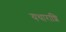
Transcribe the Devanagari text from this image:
यथाराशि